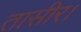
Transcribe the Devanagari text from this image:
तासीर।